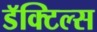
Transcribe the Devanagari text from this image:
डॅक्टिल्स